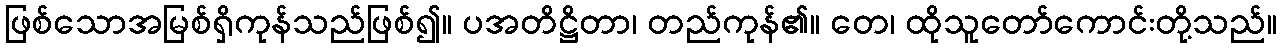
ဖြစ်သောအမြစ်ရှိကုန်သည်ဖြစ်၍။ ပအတိဋ္ဌိတာ၊ တည်ကုန်၏။ တေ၊ ထိုသူတော်ကောင်းတို့သည်။